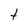
Character: t